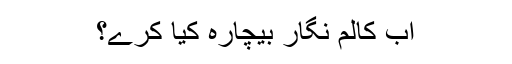
اب کالم نگار بیچارہ کیا کرے؟